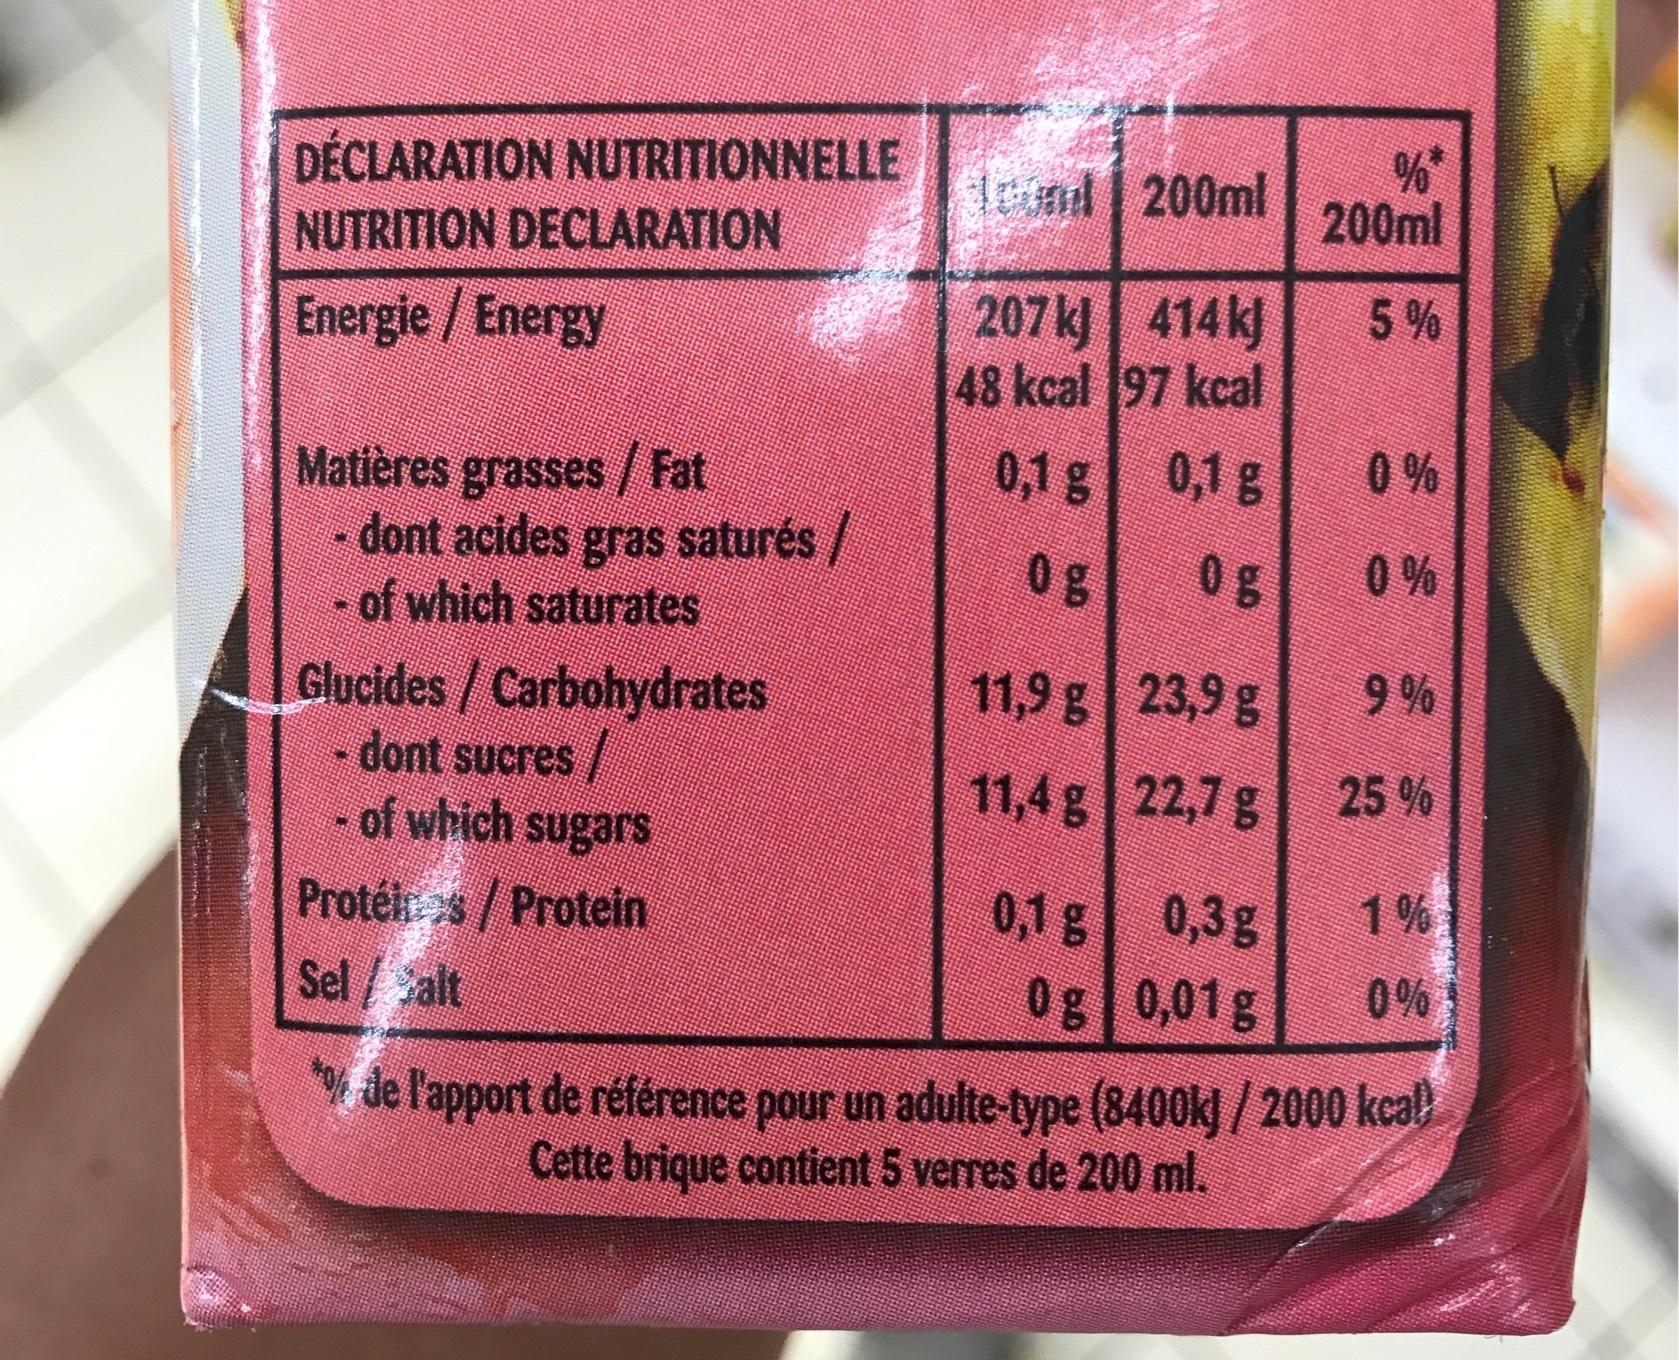
DÉCLARATION NUTRITIONNELLE
NUTRITION DECLARATION
Energie / Energy
Matières grasses / Fat
dont acides gras saturés /
of which saturates
Glucides / Carbohydrates
- dont sucres /
of which sugars
Protéis / Protein
Selalt
oond 200ml
207 kJ
414 kj
48 kcal
97 kcal
0,1 g
0,1 g
0%
11,9 g
11,4 g
0,1 g
23,9 g
22,7 g
0,3g
0g 0,01 g
%** 200ml
5%
0%
0%
9%
25 %
1%
*% de l'apport de référence pour un adulte-type (8400kJ / 2000 kcal)
Cette brique contient 5 verres de 200 ml.